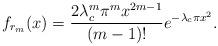
LaTeX: \begin{align*}f_{r_m} (x) = \frac{2\lambda_c^m\pi^m x^{2m-1}}{(m-1)!}e^{-\lambda_c \pi x^2} .\end{align*}